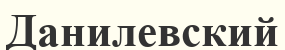
Данилевский